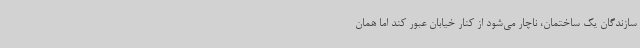
سازندگان یک ساختمان، ناچار می‌شود از کنار خیابان عبور کند اما همان